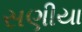
સણીયા